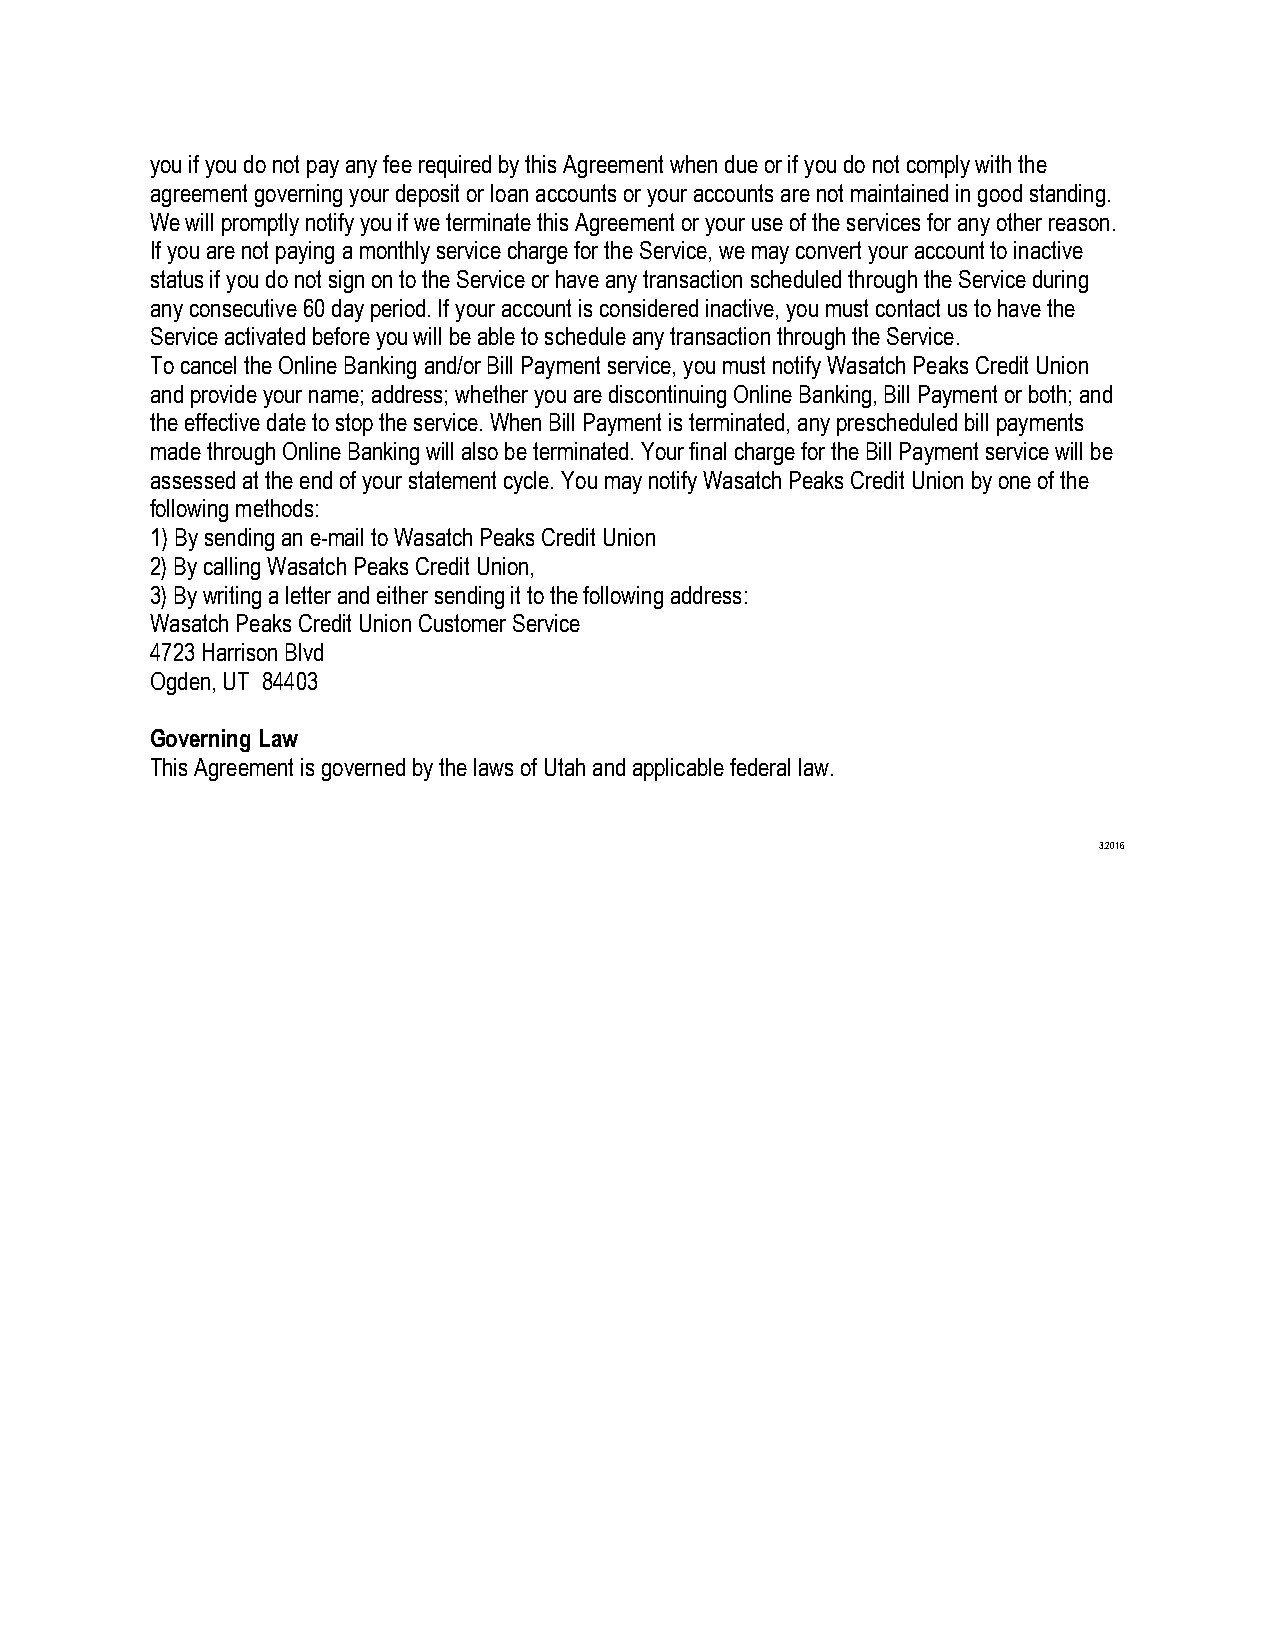
you if you do not pay any fee required by this Agreement when due or if you do not comply with the
 agreement governing your deposit or loan accounts or your accounts are not maintained in good standing.
 We will promptly notify you if we terminate this Agreement or your use of the services for any other reason.
 If you are not paying a monthly service charge for the Service, we may convert your account to inactive
 status if you do not sign on to the Service or have any transaction scheduled through the Service during
 any consecutive 60 day period. If your account is considered inactive, you must contact us to have the
 Service activated before you will be able to schedule any transaction through the Service.
 To cancel the Online Banking and/or Bill Payment service, you must notify Wasatch Peaks Credit Union
 and provide your name; address; whether you are discontinuing Online Banking, Bill Payment or both; and
 the effective date to stop the service. When Bill Payment is terminated, any prescheduled bill payments
 made through Online Banking will also be terminated. Your final charge for the Bill Payment service will be
 assessed at the end of your statement cycle. You may notify Wasatch Peaks Credit Union by one of the
 following methods:
 1) By sending an e-mail to Wasatch Peaks Credit Union
 2) By calling Wasatch Peaks Credit Union,
 3) By writing a letter and either sending it to the following address:
 Wasatch Peaks Credit Union Customer Service
 4723 Harrison Blvd
 Ogden, UT 84403
 Governing Law
 This Agreement is governed by the laws of Utah and applicable federal law.
 3.2016